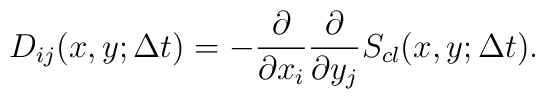
D_{ij}(x,y;\Delta t)=- \frac{ \partial }{ \partial x_i}\frac{ \partial }{ \partial y_j} S_{cl}(x,y; \Delta t ).